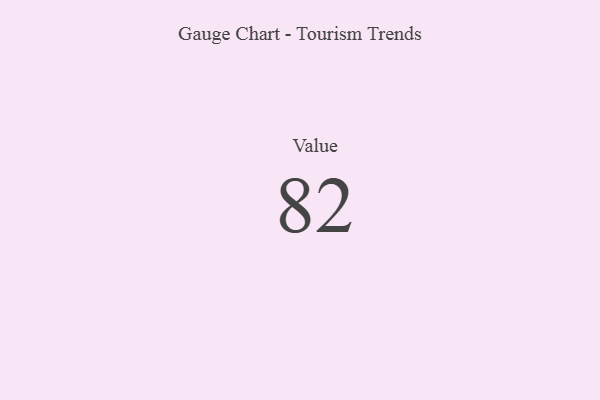
{"axis": {"x": "Metric", "y": "Value"}, "legend": [""], "data": [{"x": "Value", "y": 82, "type": ""}]}